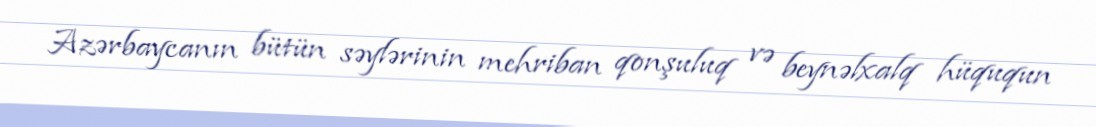
Azərbaycanın bütün səylərinin mehriban qonşuluq və beynəlxalq hüququn